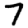
Digit: 7